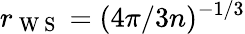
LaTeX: r_{\mathrm{~W~S~}}=({4\pi}/{3n})^{-{1}/{3}}